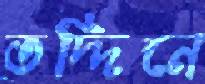
তদ্দিনে